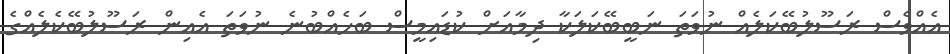
އެއްވެސް ރަސޫލުބޭކަލެއް ނުވަތަ ނަބީބޭކަލަކާ ދިމާއަށް ކުޑައިމީސް ބަހެއްބުނެ ނުވަތަ އެއިން ރަސޫލުބޭކެލެއްގެ